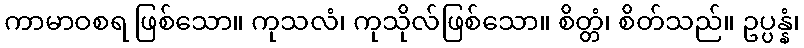
ကာမာဝစရ ဖြစ်သော။ ကုသလံ၊ ကုသိုလ်ဖြစ်သော။ စိတ္တံ၊ စိတ်သည်။ ဥပ္ပန္နံ၊